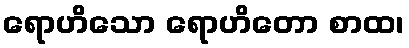
ရောဟိသော ရောဟိတော စာထ၊